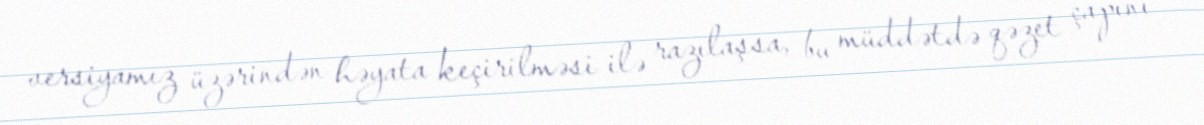
versiyamız üzərindən həyata keçirilməsi ilə razılaşsa, bu müddətdə qəzet çapını